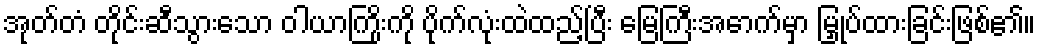
အုတ်တံ တိုင်းဆီသွားသော ဝါယာကြိုးကို ပိုက်လုံးထဲထည့်ပြီး မြေကြီးအောက်မှာ မြှုပ်ထားခြင်းဖြစ်၏။